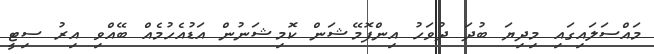
މައްސަލައިގައި މިދިޔަ ބުދަ ދުވަހު އިންފޮމޭޝަން ކޮމިޝަނުން އަޑުއެހުމެއް ބޭއްވި އިރު ސިޓީ